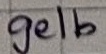
Text: gelb